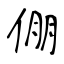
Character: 倗